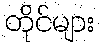
တိုင်များ